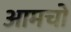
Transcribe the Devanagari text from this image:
आमचो